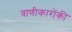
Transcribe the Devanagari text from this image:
वाणीकारोंकी